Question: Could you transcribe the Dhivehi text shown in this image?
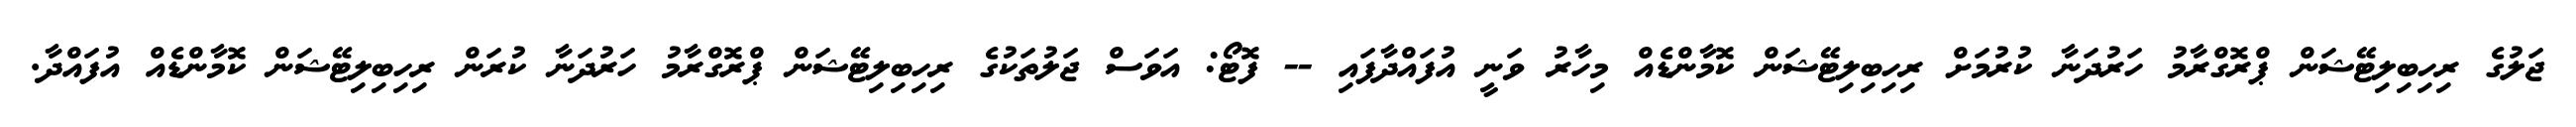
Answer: ޖަލުގެ ރިހިބިލިޓޭޝަން ޕްރޮގްރާމު ހަރުދަނާ ކުރުމަށް ރިހިބިލިޓޭޝަން ކޮމާންޑެއް މިހާރު ވަނީ އުފައްދާފައި -- ފޮޓޯ: އަވަސް ޖަލުތަކުގެ ރިހިބިލިޓޭޝަން ޕްރޮގްރާމު ހަރުދަނާ ކުރަން ރިހިބިލިޓޭޝަން ކޮމާންޑެއް އުފައްދާ.